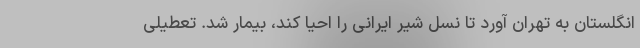
انگلستان به تهران آورد تا نسل شیر ایرانی را احیا کند، بیمار شد. تعطیلی